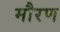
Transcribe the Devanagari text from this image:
मौरण